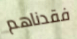
فقدناهم